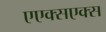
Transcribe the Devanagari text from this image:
एएक्सएक्स